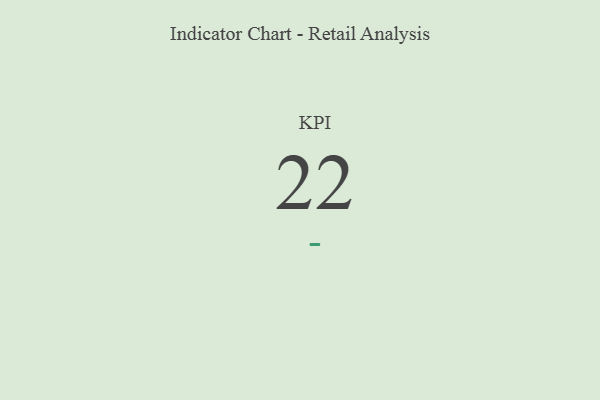
{"axis": {"x": "KPI", "y": "Value"}, "legend": [""], "data": [{"x": "KPI", "y": 22, "type": ""}]}